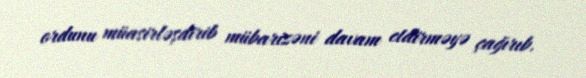
ordunu müasirləşdirib mübarizəni davam etdirməyə çağırıb.